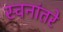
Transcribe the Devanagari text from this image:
स्वनांतरे